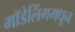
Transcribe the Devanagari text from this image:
मॉडेलिंगमधून